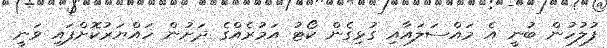
ފުލުހުން ބުނީ އެ މައްސަލައާއި ގުޅިގެން ކޯޓު އަމުރެއްގެ ދަށުން ހައްޔަރުކޮށްފައި ވަނީ